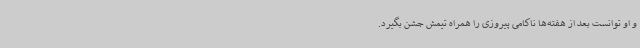
و او توانست بعد از هفته‌ها ناکامی پیروزی را همراه تیمش جشن بگیرد.